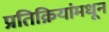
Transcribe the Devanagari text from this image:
प्रतिक्रियांमधून